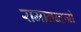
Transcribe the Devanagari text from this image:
रामानन्दजी